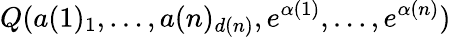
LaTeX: Q(a(1)_{1},\dots,a(n)_{d(n)},e^{\alpha(1)},\dots,e^{\alpha(n)})